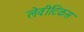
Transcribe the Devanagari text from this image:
लेवीटिकस